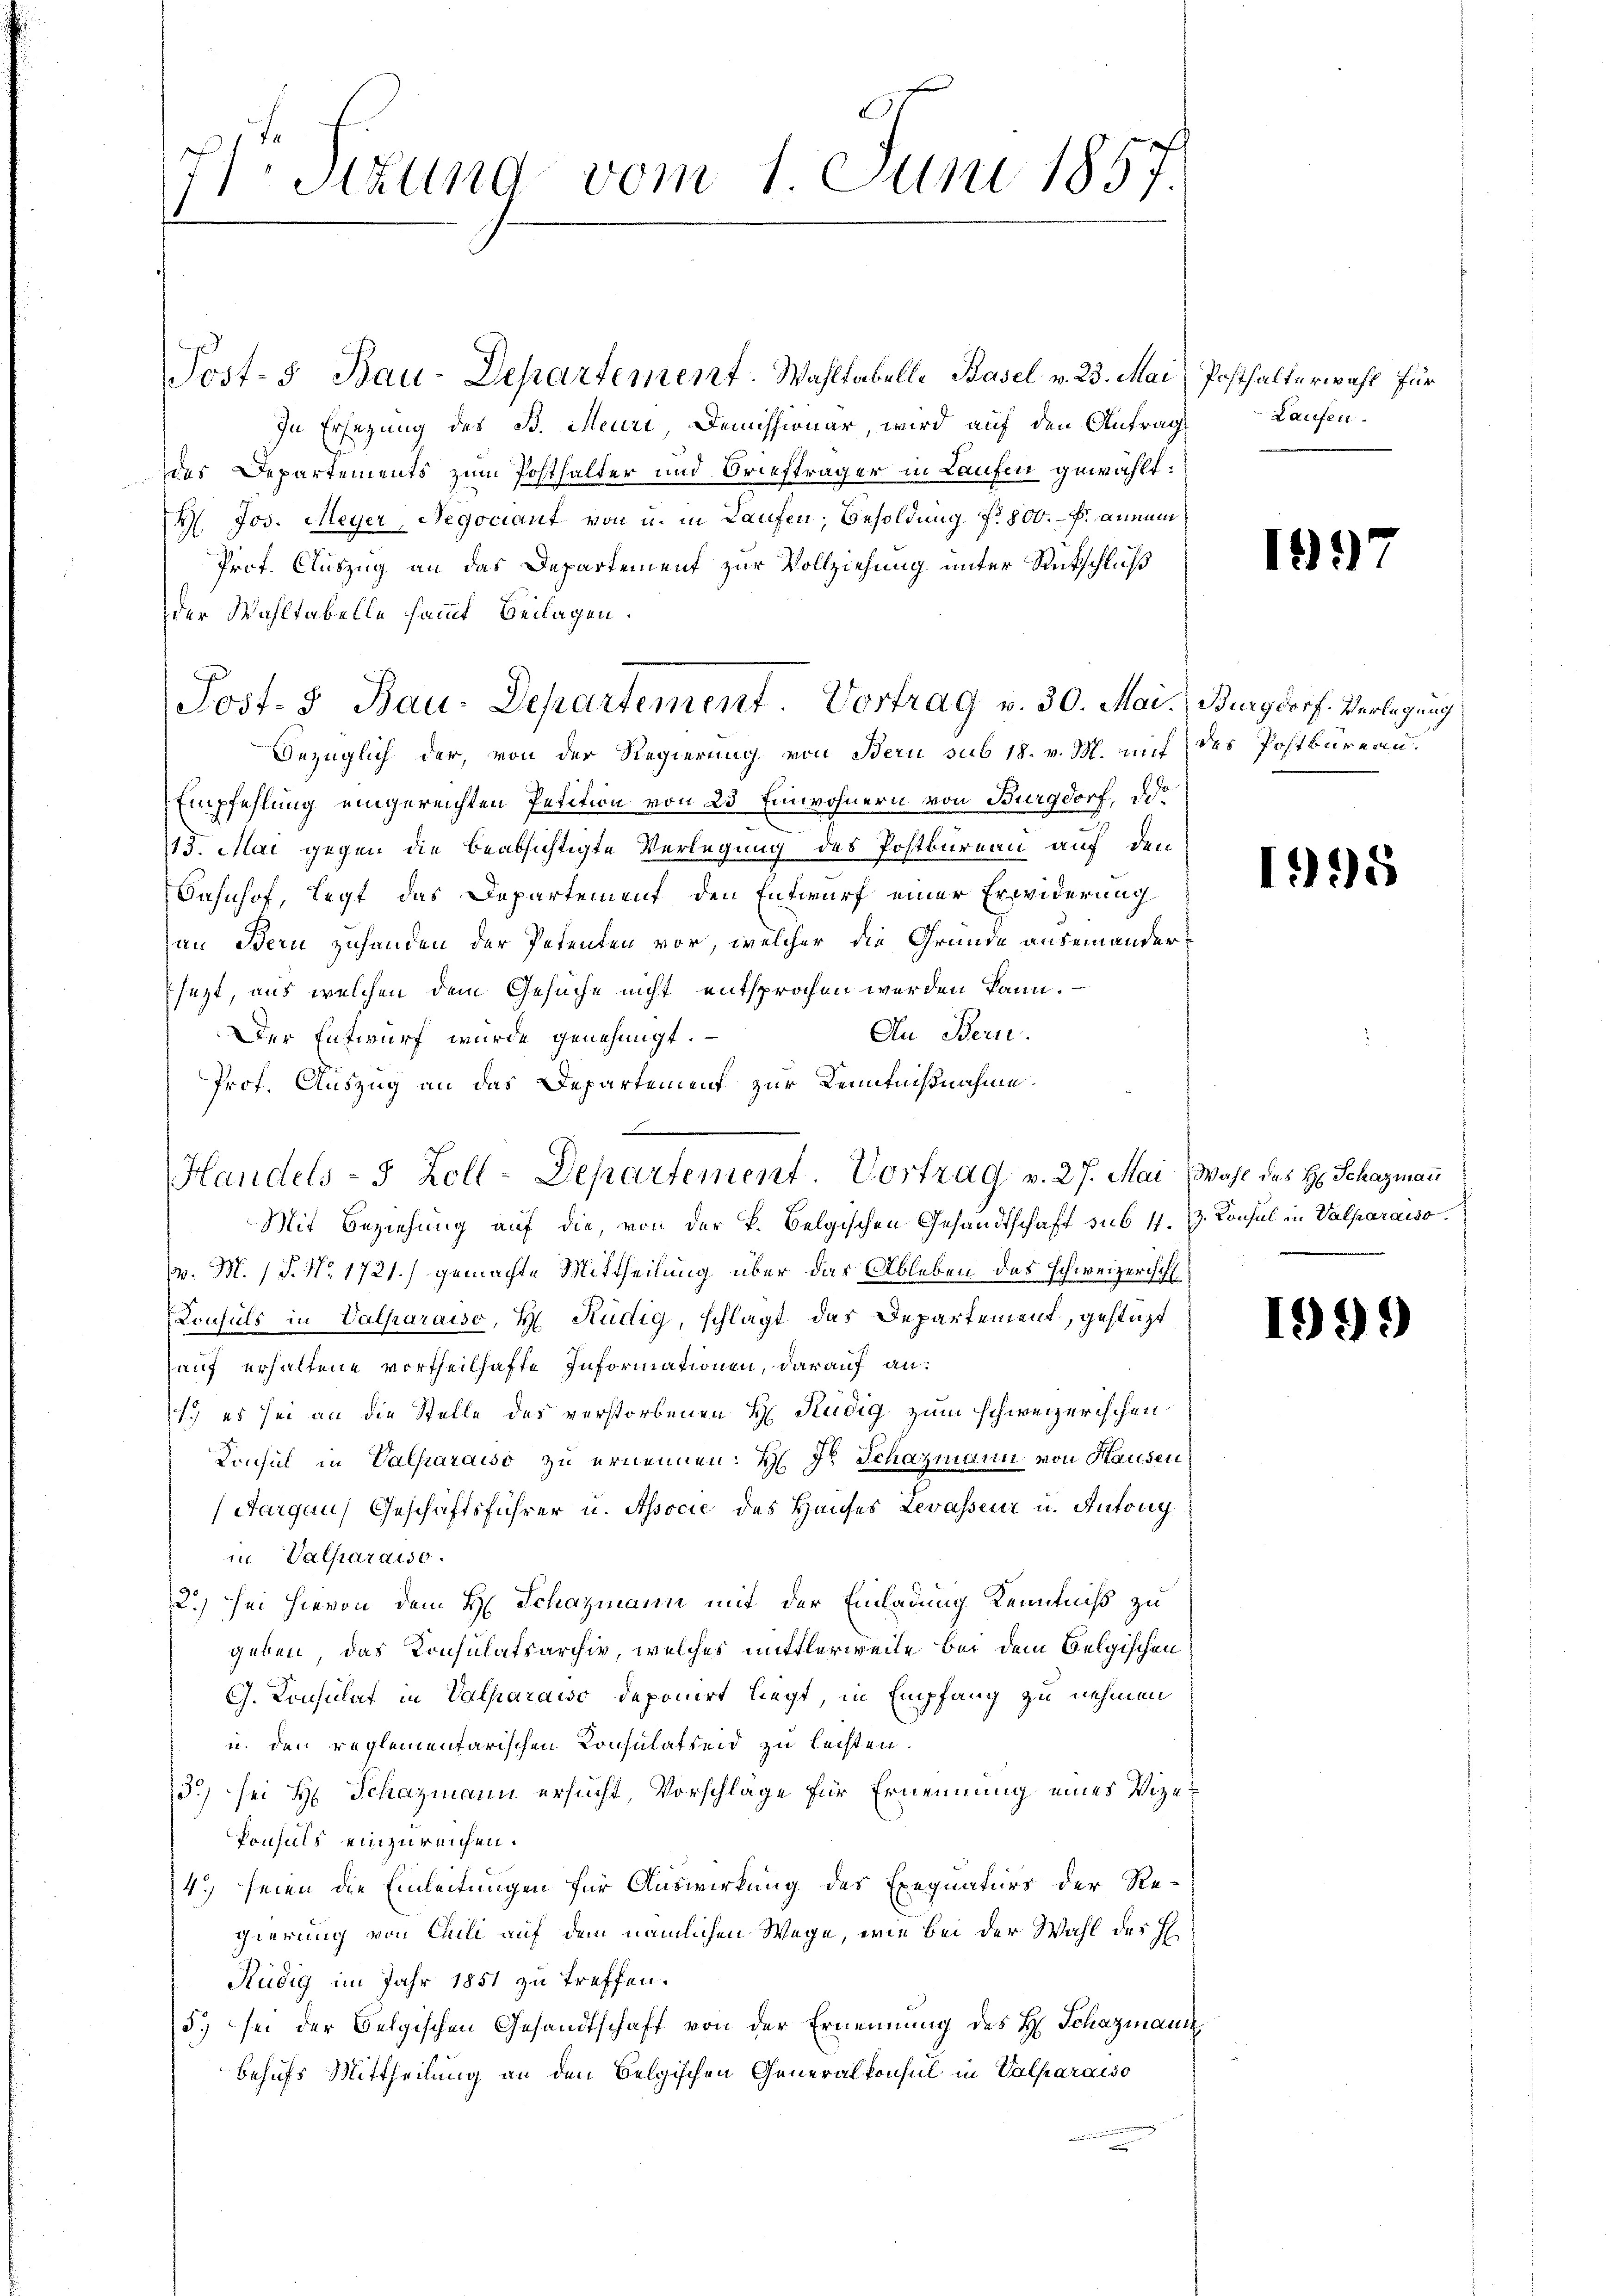
7Stzung vom 1. Juni 1857.
1

Post- 5. Bau-Departement. Wahltabelle Basel v. 23. Mai, Posthalterwahl für
In Ersezung des B. Meuri Demissionar, wird auf den Antrag
des Departements zum Posthalter und Briefträger in Laufen gewählt:
M. Jos. Meyer, Negociant von u. in Laufen, Besoldung f. 800. Fr. annum
Prof. Auszug an das Departement zur Vollziehung unter Rückschluß
der Wahltabelle sammt Beilagen.
Bezüglich der, von der Regierung von Bern sub 18. v. M. mich des Postbureau.
Empfehlung eingereichten Petition von 25 Einwohnern von Burgdorf, o
15. Mai gegen die beabsichtigte Verlegung des Postbureau auf den
Bahnhof, legt das Departement den Entwurf einer Erwiderung
zan Bern zuhanden der Petenten vor, welcher die Gründe auseinandersezt, aus welchen dem Gesuche nicht entsprochen werden kann.
An Bern.
Der Entwurf wurde genehmigt.
Prof. Auszug an das Departement zur Kenntnißnahme.
Mit Beziehung auf die, von der k. Belgischen Gesandtschaft sub 1. 3. Konsul in Valparaiso
. M. (T. No. 1721.) gemachte Mittheilung über das Ableben des Schweizerisch
Konsuls in Valparaiso, H. Rüdig, schlägt das Departement, gestüzt
auf erhaltene vortheilhafte Informationen, darauf an:
1. es sei an die Stelle des verstorbenen H Rüdig zum schweizerischen
Konsul in Valparaiso zu ernennen. H. Dr Schazmann von Hausen
Aargau, Geschäftsführer u. Associe des Hauses Levasseur u. Antrag
in Valharaiso
2.) sei hievon dem H. Schazmann mit der Einladung Kenntniß zu
geben, das Konsulatsarchiv, welches mittlerweile bei dem belgischen
G. Consulat in Valparaiso deponirt liegt, in Empfang zu nehmen
u. den reglementarischen Konsulatseid zu leisten.
3) sei H. Schazmann ersucht, Vorschläge für Ernennung eines Vize
konsuls einzureichen.
4.) seien die Einleitungen für Auswirkung des Exequaturs der Re-
gierung von Cili auf dem nämlichen Wege, wie bei der Wahl des H
Rudig im Jahr 1851 zu treffen.
5.) sei der Belgischen Gesandtschaft von der Ernennung des H. Schazmann,
behufs Mittheilung an den Belgischen Generalkonsul in Valparaiso

Post- & Bau-Departement. Vortrag v. 30. Mai. Burgdorf. Verlegung

Handels- 5 Zoll-Departement. Vortrag v. 27. Mai Wahl des H. Schazmann

Laufen.

19

1995

1999)